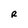
Character: R